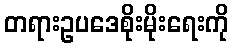
တရားဥပဒေစိုးမိုးရေးကို